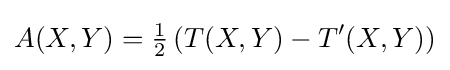
A(X,Y)={\tfrac {1}{2}}\left(T(X,Y)-T'(X,Y)\right)